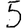
Digit: 5